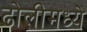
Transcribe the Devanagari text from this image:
ढोलीमध्ये